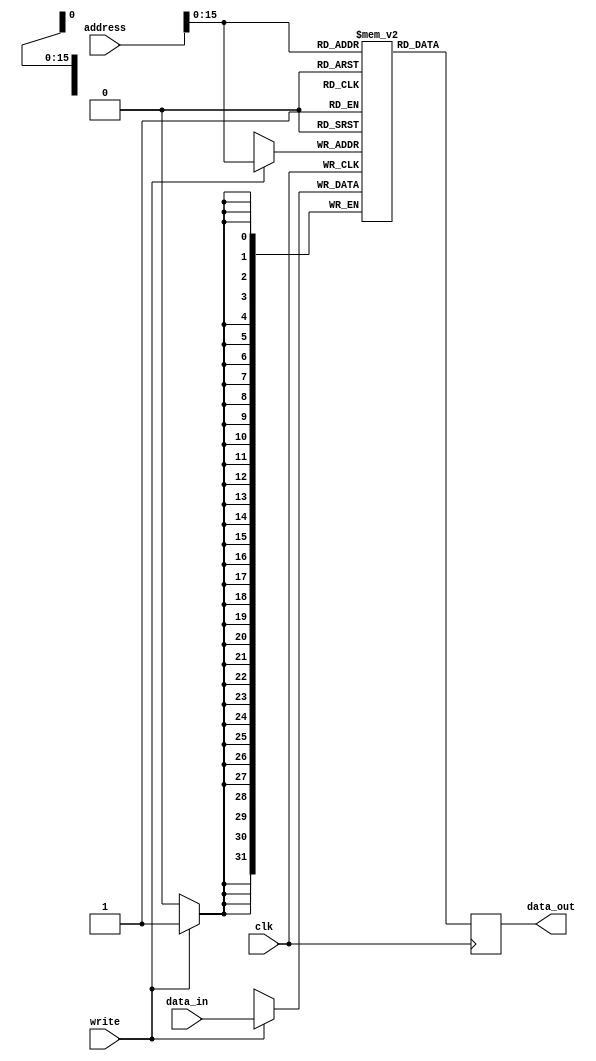
`timescale 1ns / 1ps
//////////////////////////////////////////////////////////////////////////////////
// Company: 
// Engineer: 
// 
// Design Name: 
// Module Name: DataMem
// Project Name: 
// Target Devices: 
// Tool Versions: 
// Description: 
// 
// Dependencies: 
// 
// Revision:
// Revision 0.01 - File Created
// Additional Comments:
// 
//////////////////////////////////////////////////////////////////////////////////


module DataMem(clk,address,write,data_in,data_out);

input clk;
input [31:0]address;
input write;
input [31:0]data_in;

output reg[31:0]data_out;

reg[31:0] block[65535:0];

always @(posedge clk) begin
    data_out = block[address[15:0]];
    if(write == 1)begin
        block[address[15:0]] = data_in;
    end
end

endmodule